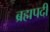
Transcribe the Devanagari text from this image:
ब्रह्मपदी